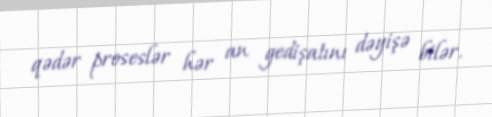
qədər proseslər hər an gedişatını dəyişə bilər.